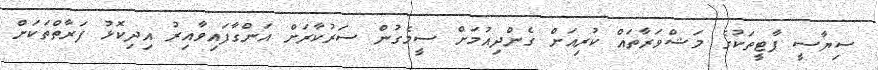
ސިޔާސީ ޕާޓީތަކުގެ މަޝްވަރާތައް ކުރިއަށް ގެންދިއުމަށް ސީމެގުން ސަރުކާރަށް އަންގާފައިވާއިރު އިދިކޮޅު ފަރާތްތަކަށް